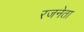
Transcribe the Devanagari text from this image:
रजनेता